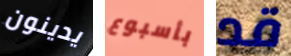
يدينون بأسبوع قد